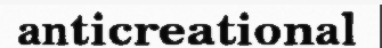
anticreational